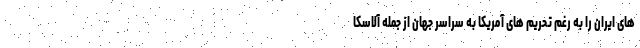
های ایران را به رغم تحریم های آمریکا به سراسر جهان از جمله آلاسکا